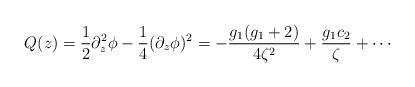
LaTeX: \begin{align*}Q(z) = \frac{1}{2}\partial_z^2 \phi -\frac{1}{4}(\partial_z \phi)^2 =-\frac{g_1(g_1+2)}{4\zeta^2} + \frac{g_1 c_2}{\zeta}+ \cdots\end{align*}